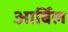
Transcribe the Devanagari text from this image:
आर्बिल